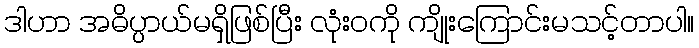
ဒါဟာ အဓိပ္ပာယ်မရှိဖြစ်ပြီး လုံးဝကို ကျိုးကြောင်းမသင့်တာပါ။